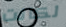
لكانت